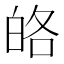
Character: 𤽥